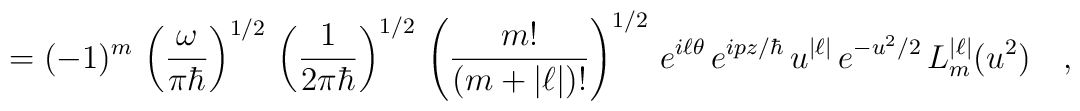
=(-1)^m\,\left(\frac{\omega}{\pi\hbar}\right)^{1/2}\,\left(\frac{1}{2\pi\hbar}\right)^{1/2}\,\left(\frac{m!}{(m+|\ell|)!}\right)^{1/2}\,e^{i\ell\theta}\,e^{ipz/\hbar}\,u^{|\ell|}\,e^{-u^2/2}\,L^{|\ell|}_m(u^2)\ \ \ ,